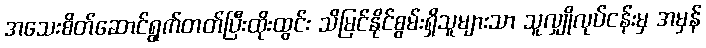
အသေးစိတ်ဆောင်ရွက်တတ်ပြီးထိုးထွင်း သိမြင်နိုင်စွမ်းရှိသူများသာ သူလျှိုလုပ်ငန်းမှ အမှန်